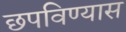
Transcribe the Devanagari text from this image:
छपविण्यास